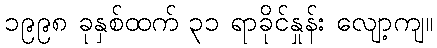
၁၉၉၈ ခုနှစ်ထက် ၃၁ ရာခိုင်နှုန်း လျော့ကျ။